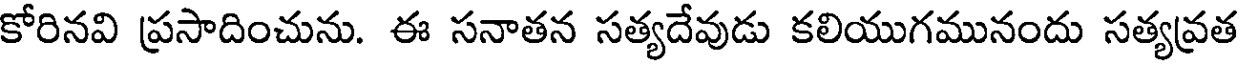
కోరినవి ప్రసాదించును. ఈ సనాతన సత్యదేవుడు కలియుగమునందు సత్యవ్రత